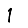
Digit: 1